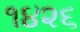
૧૪૨૬